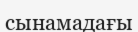
сынамадағы